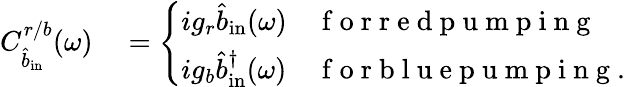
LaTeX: \begin{array}{rl}{C_{\hat{b}_{\mathrm{in}}}^{r/b}(\omega)}&{{}=\left\{ \begin{array}{ll}{ig_{r}\hat{b}_{\mathrm{in}}(\omega)}&{\mathrm{~f~o~r~r~e~d~p~u~m~p~i~n~g~}}\\ {ig_{b}\hat{b}_{\mathrm{in}}^{\dagger}(\omega)}&{\mathrm{~f~o~r~b~l~u~e~p~u~m~p~i~n~g~.~}}\end{array}\right.}\end{array}